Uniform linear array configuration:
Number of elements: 16
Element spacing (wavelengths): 0.75
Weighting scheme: hamming
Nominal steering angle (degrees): -45
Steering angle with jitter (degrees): -43.42
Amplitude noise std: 0.05
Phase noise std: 0.05

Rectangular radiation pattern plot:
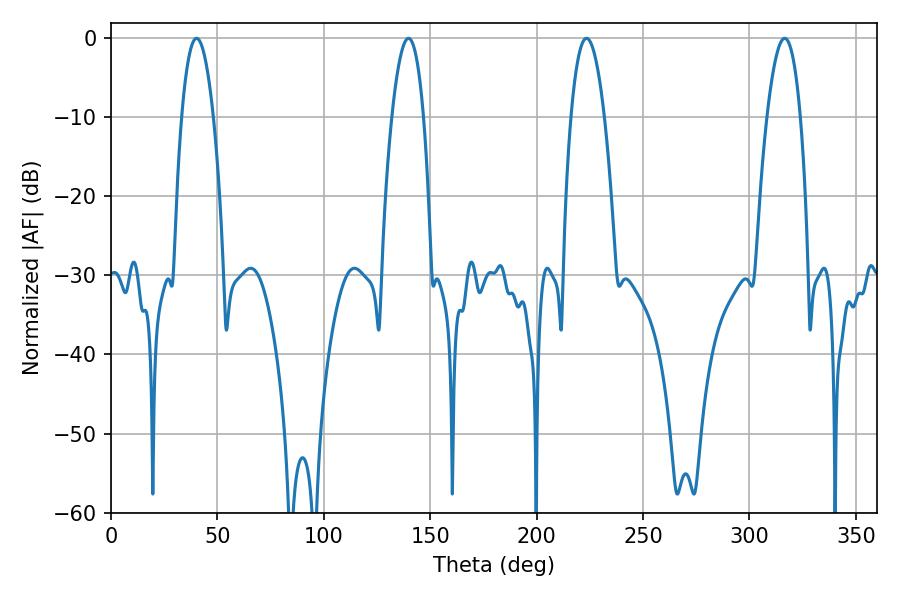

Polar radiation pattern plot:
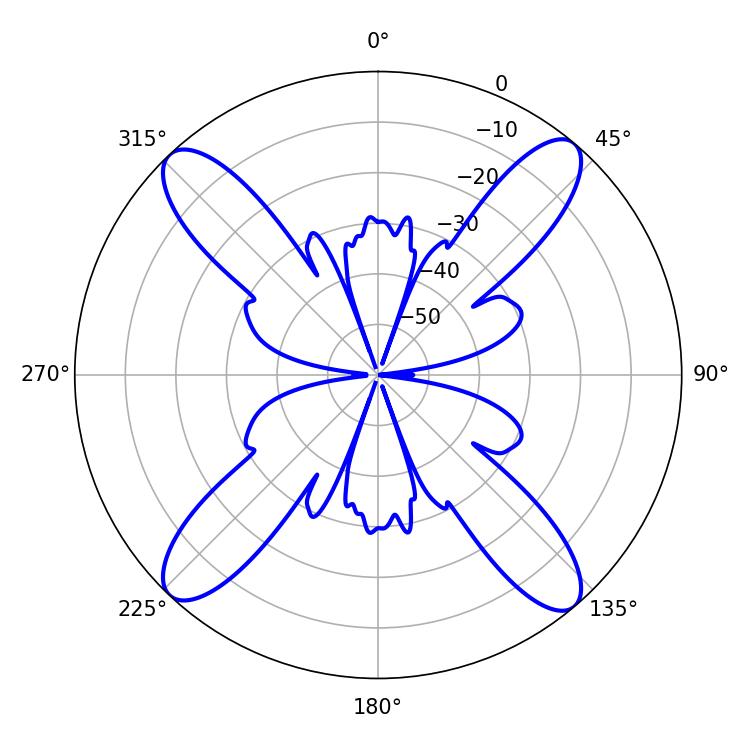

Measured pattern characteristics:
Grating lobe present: TRUE
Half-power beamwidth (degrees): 8.64
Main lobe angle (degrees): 223.38